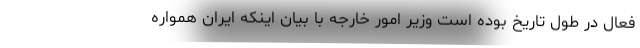
فعال در طول تاریخ بوده است وزیر امور خارجه با بیان اینکه ایران همواره